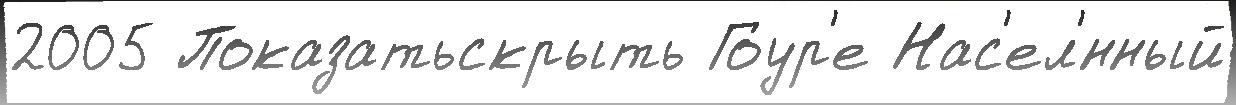
2005 Показатьскрыть Гоур'е Нас'ел'́нный